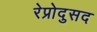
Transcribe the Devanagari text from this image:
रेप्रोदुसद